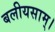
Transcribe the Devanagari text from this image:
बलीयसाम्।